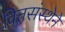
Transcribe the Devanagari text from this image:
वित्तसंस्थेने